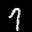
Label: 9